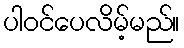
ပါဝင်ပေလိမ့်မည်။